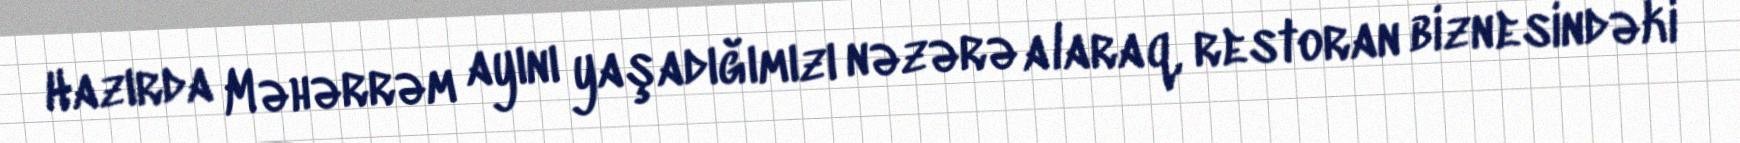
Hazırda Məhərrəm ayını yaşadığımızı nəzərə alaraq, restoran biznesindəki